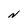
Character: N